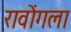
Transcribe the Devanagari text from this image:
रावोंगला